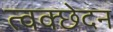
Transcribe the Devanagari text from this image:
त्वक्छेदन